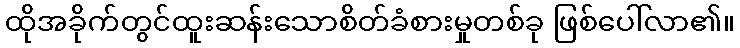
ထိုအခိုက်တွင်ထူးဆန်းသောစိတ်ခံစားမှုတစ်ခု ဖြစ်ပေါ်လာ၏။